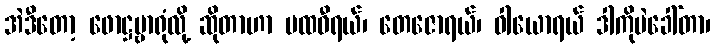
အဲဒီတော့ ဖောဋ္ဌဗ္ဗာရုံလို့ ဆိုတာဟာ ပထဝီရယ်၊ တေဇောရယ်၊ ဝါယောရယ် ဒါကိုပဲခေါ်တာ၊